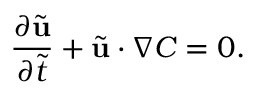
\frac { \partial { \tilde { \mathbf { u } } } } { \partial \tilde { t } } + \tilde { \mathbf { u } } \cdot \boldsymbol { \nabla } C = 0 .